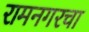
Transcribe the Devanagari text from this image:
रामनगरचा